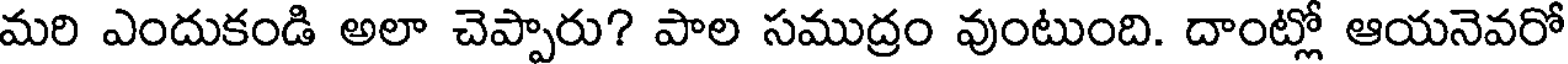
మరి ఎందుకండి అలా చెప్పారు? పాల సముద్రం వుంటుంది. దాంట్లో ఆయనెవరో